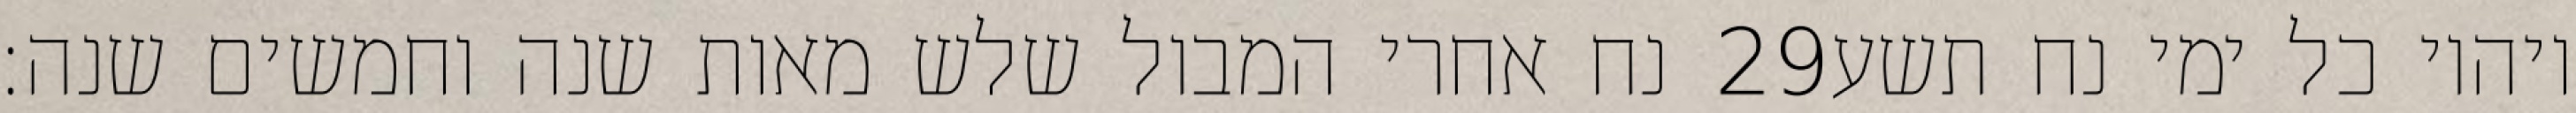
נח אחרי המבול שלש מאות שנה וחמשים שנה׃ ‎29‏ ויהיו כל ימי נח תשע